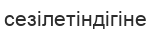
сезілетіндігіне